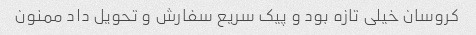
کروسان خیلی تازه بود و پیک سریع سفارش و تحویل داد ممنون